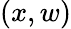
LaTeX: (x,w)